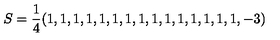
S = \frac 1 4 ( 1 , 1 , 1 , 1 , 1 , 1 , 1 , 1 , 1 , 1 , 1 , 1 , 1 , 1 , 1 , - 3 )